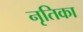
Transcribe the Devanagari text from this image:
नृतिका